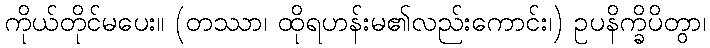
ကိုယ်တိုင်မပေး။ (တဿာ၊ ထိုရဟန်းမ၏လည်းကောင်း၊) ဥပနိက္ခိပိတွာ၊